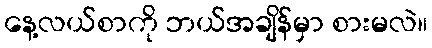
နေ့လယ်စာကို ဘယ်အချိန်မှာ စားမလဲ။